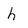
Character: h